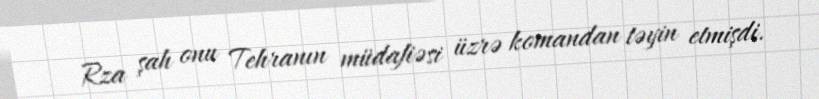
Rza şah onu Tehranın müdafiəsi üzrə komandan təyin etmişdi.